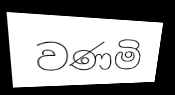
වණමි